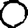
Digit: 0